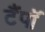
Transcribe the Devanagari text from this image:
टैंपॉ